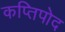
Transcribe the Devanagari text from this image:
कप्तिपोद